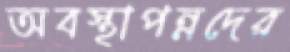
অবস্থাপন্নদের